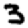
Digit: 3